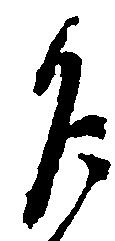
乍